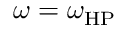
\omega = \omega _ { \mathrm { H P } }